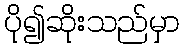
ပို၍ဆိုးသည်မှာ